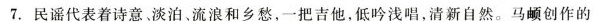
7.民谣代表着诗意、淡泊、流浪和乡愁，一把吉他，低吟浅唱，清新自然。马頔创作的